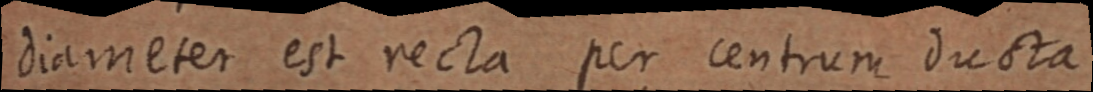
diameter est recta per centrum ducta